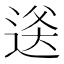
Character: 𬨫